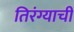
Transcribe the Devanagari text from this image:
तिरंग्याची